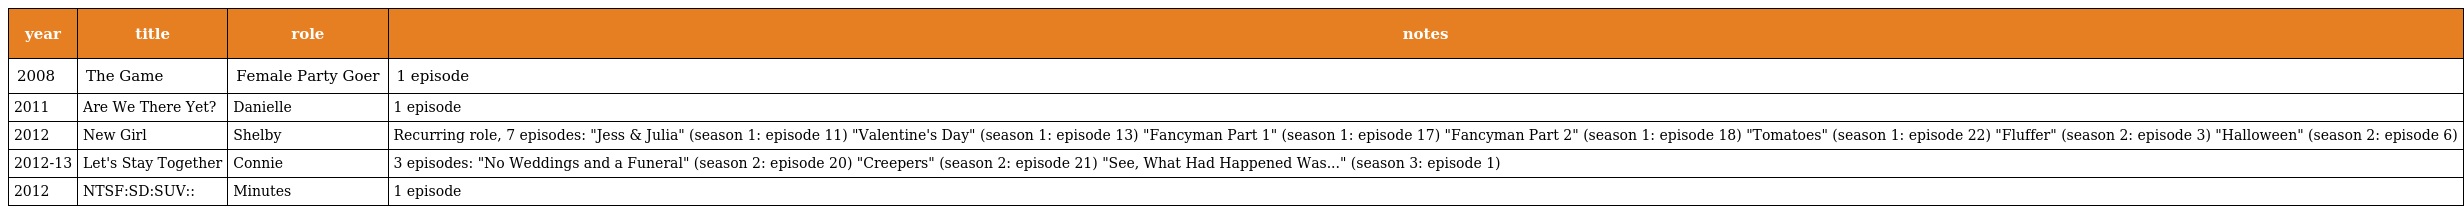
| year | title | role | notes |
 | --- | --- | --- | --- |
 | 2008 | The Game | Female Party Goer | 1 episode |
 | 2011 | Are We There Yet? | Danielle | 1 episode |
 | 2012 | New Girl | Shelby | Recurring role, 7 episodes: "Jess & Julia" (season 1: episode 11) "Valentine's Day" (season 1: episode 13) "Fancyman Part 1" (season 1: episode 17) "Fancyman Part 2" (season 1: episode 18) "Tomatoes" (season 1: episode 22) "Fluffer" (season 2: episode 3) "Halloween" (season 2: episode 6) |
 | 2012-13 | Let's Stay Together | Connie | 3 episodes: "No Weddings and a Funeral" (season 2: episode 20) "Creepers" (season 2: episode 21) "See, What Had Happened Was..." (season 3: episode 1) |
 | 2012 | NTSF:SD:SUV:: | Minutes | 1 episode |